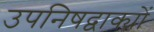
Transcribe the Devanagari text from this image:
उपनिषद्वाक्यों